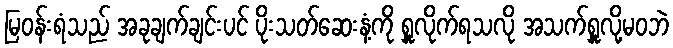
မြဝန်းရံသည် အခုချက်ချင်းပင် ပိုးသတ်ဆေးနံ့ကို ရှူလိုက်ရသလို အသက်ရှူလို့မဝဘဲ